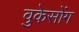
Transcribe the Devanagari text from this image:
वुकेसोंग